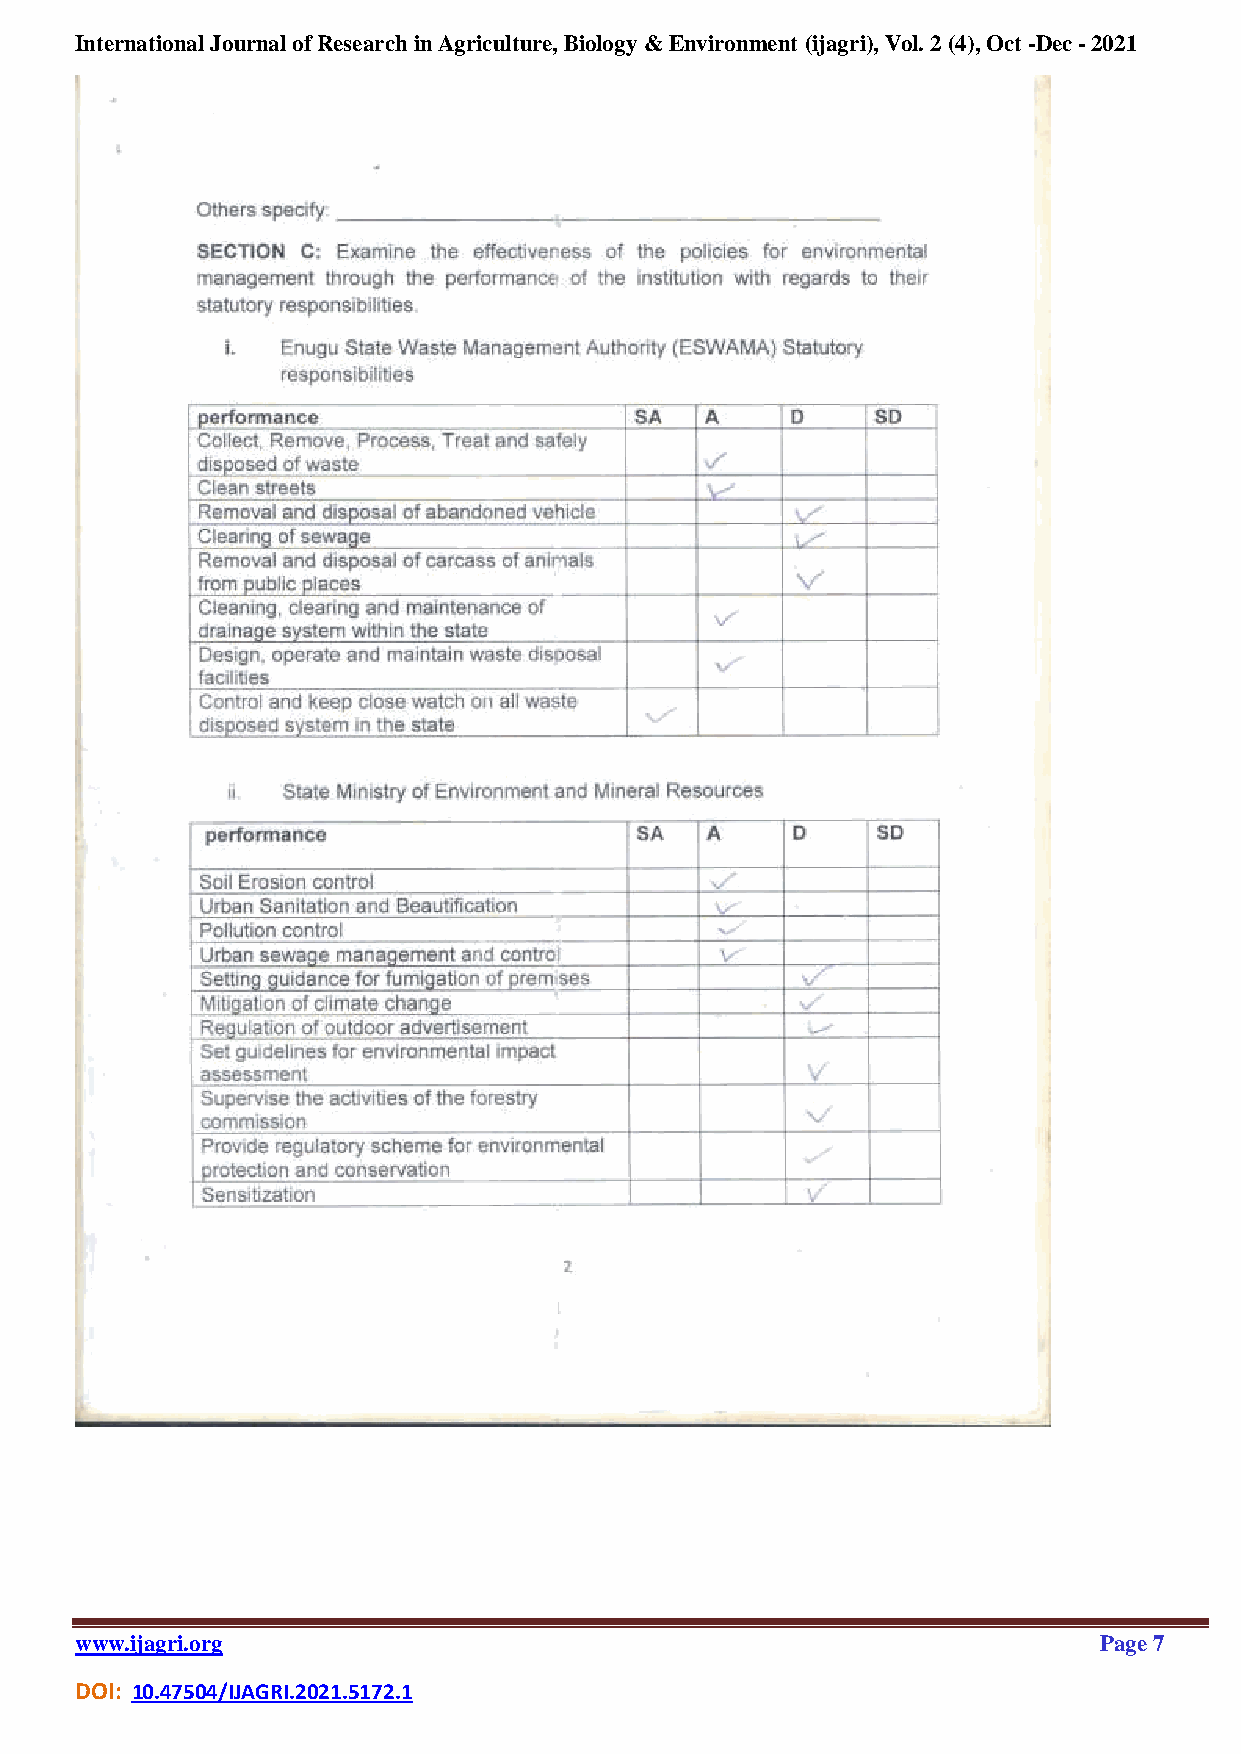
International Journal of Research in Agriculture, Biology & Environment (ijagri), Vol. 2 (4), Oct -Dec - 2021
 www.ijagri.org                                                      Page 7
 DOI: 10.47504/IJAGRI.2021.5172.1